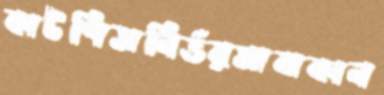
কাটপিসনির্ভরমাঝকান